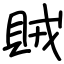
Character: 賊